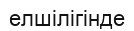
елшілігінде